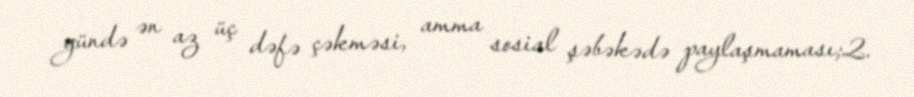
gündə ən az üç dəfə çəkməsi, amma sosial şəbəkədə paylaşmaması;2.